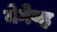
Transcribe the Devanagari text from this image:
नेगेव्ह